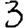
Digit: 3